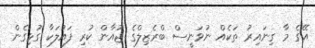
އޭގެ މާ ގިނައިރު ތަކެއް ނުވަނީސް ބްރެޒިލްގެ ޖުއާން ކުރި ފައުލަކާ ގުޅިގެން